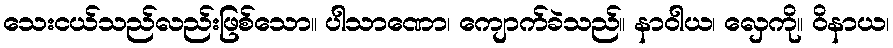
သေးငယ်သည်လည်းဖြစ်သော။ ပါသာဏော၊ ကျောက်ခဲသည်။ နာဝါယ၊ လှေကို။ ဝိနာယ၊